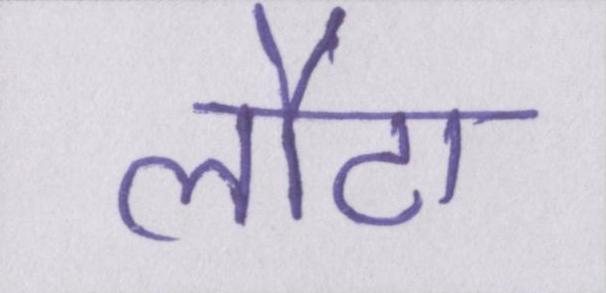
लौटा